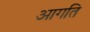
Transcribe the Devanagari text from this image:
आगति